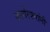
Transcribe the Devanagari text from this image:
कामेरकरांनी